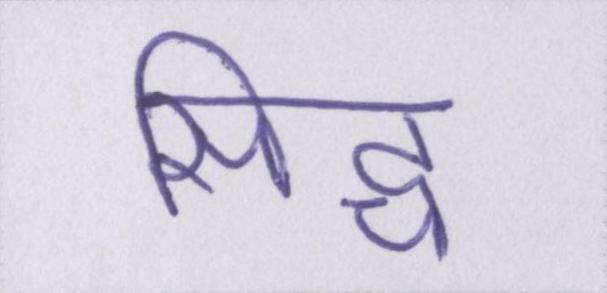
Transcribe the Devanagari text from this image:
सिद्ध